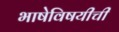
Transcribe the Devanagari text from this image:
भाषेविषयीची